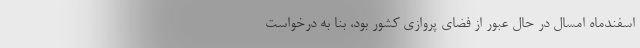
اسفندماه امسال در حال عبور از فضای پروازی کشور بود، بنا به درخواست